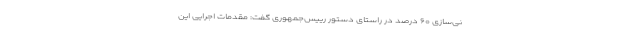
نی‌سازی ۶۰ درصد در راستای دستور رییس‌جمهوری گفت: مقدمات اجرایی این